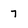
Character: 7